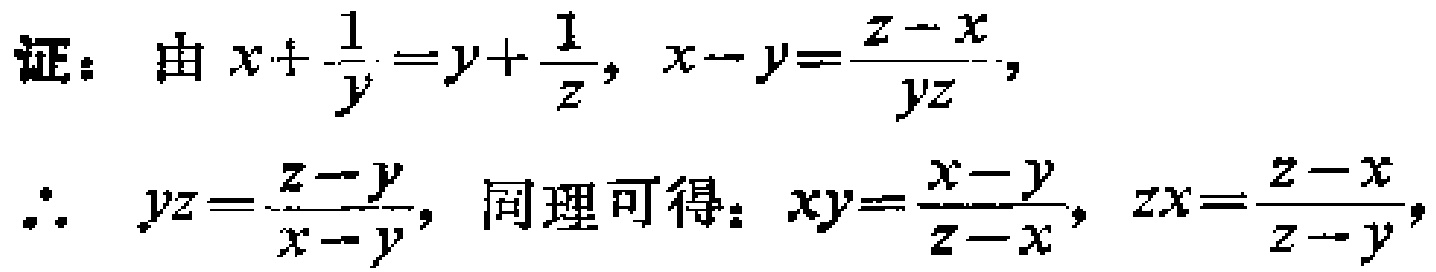
证：由 \(x+\frac{1}{y}=y + \frac{1}{z}\)，\(x - y=\frac{z - x}{yz}\)，

\(\therefore yz=\frac{z - y}{x - y}\)，同理可得：\(xy=\frac{x - y}{z - x}\)，\(zx=\frac{z - x}{z - y}\)，